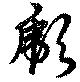
彪